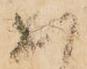
出